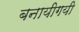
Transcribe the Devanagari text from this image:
बनायीगयी